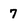
Character: 7